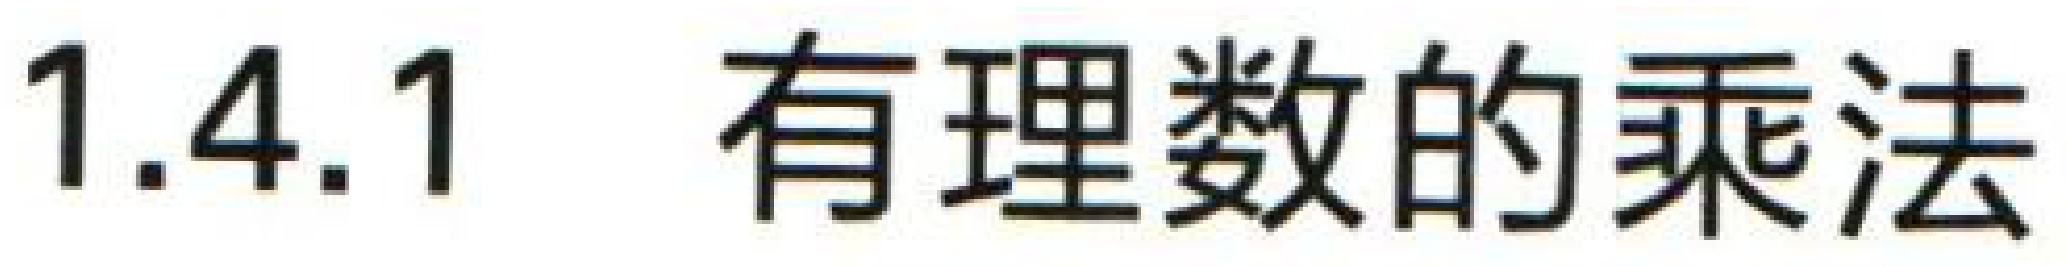
$1.4.1\ 有理数的乘法$